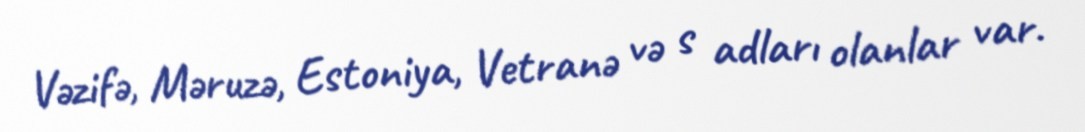
Vəzifə, Məruzə, Estoniya, Vetranə və s adları olanlar var.